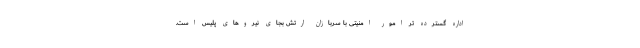
اداره گسترده تر امور امنیتی با سربازان ارتش بجای نیروهای پلیس است.